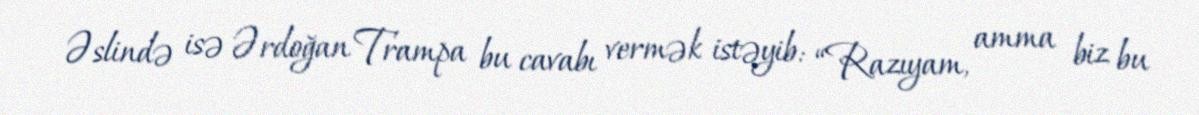
Əslində isə Ərdoğan Trampa bu cavabı vermək istəyib: “Razıyam, amma biz bu